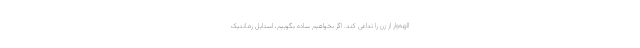
الهه‌وار از زن را تداعی کند. اگر بخواهیم ساده بگوییم، استایل رمانتیک